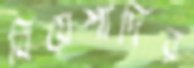
বিয়েশাদির